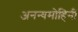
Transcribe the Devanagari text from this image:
अनन्यमोहिनी